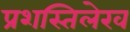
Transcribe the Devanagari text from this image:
प्रशस्तिलेख